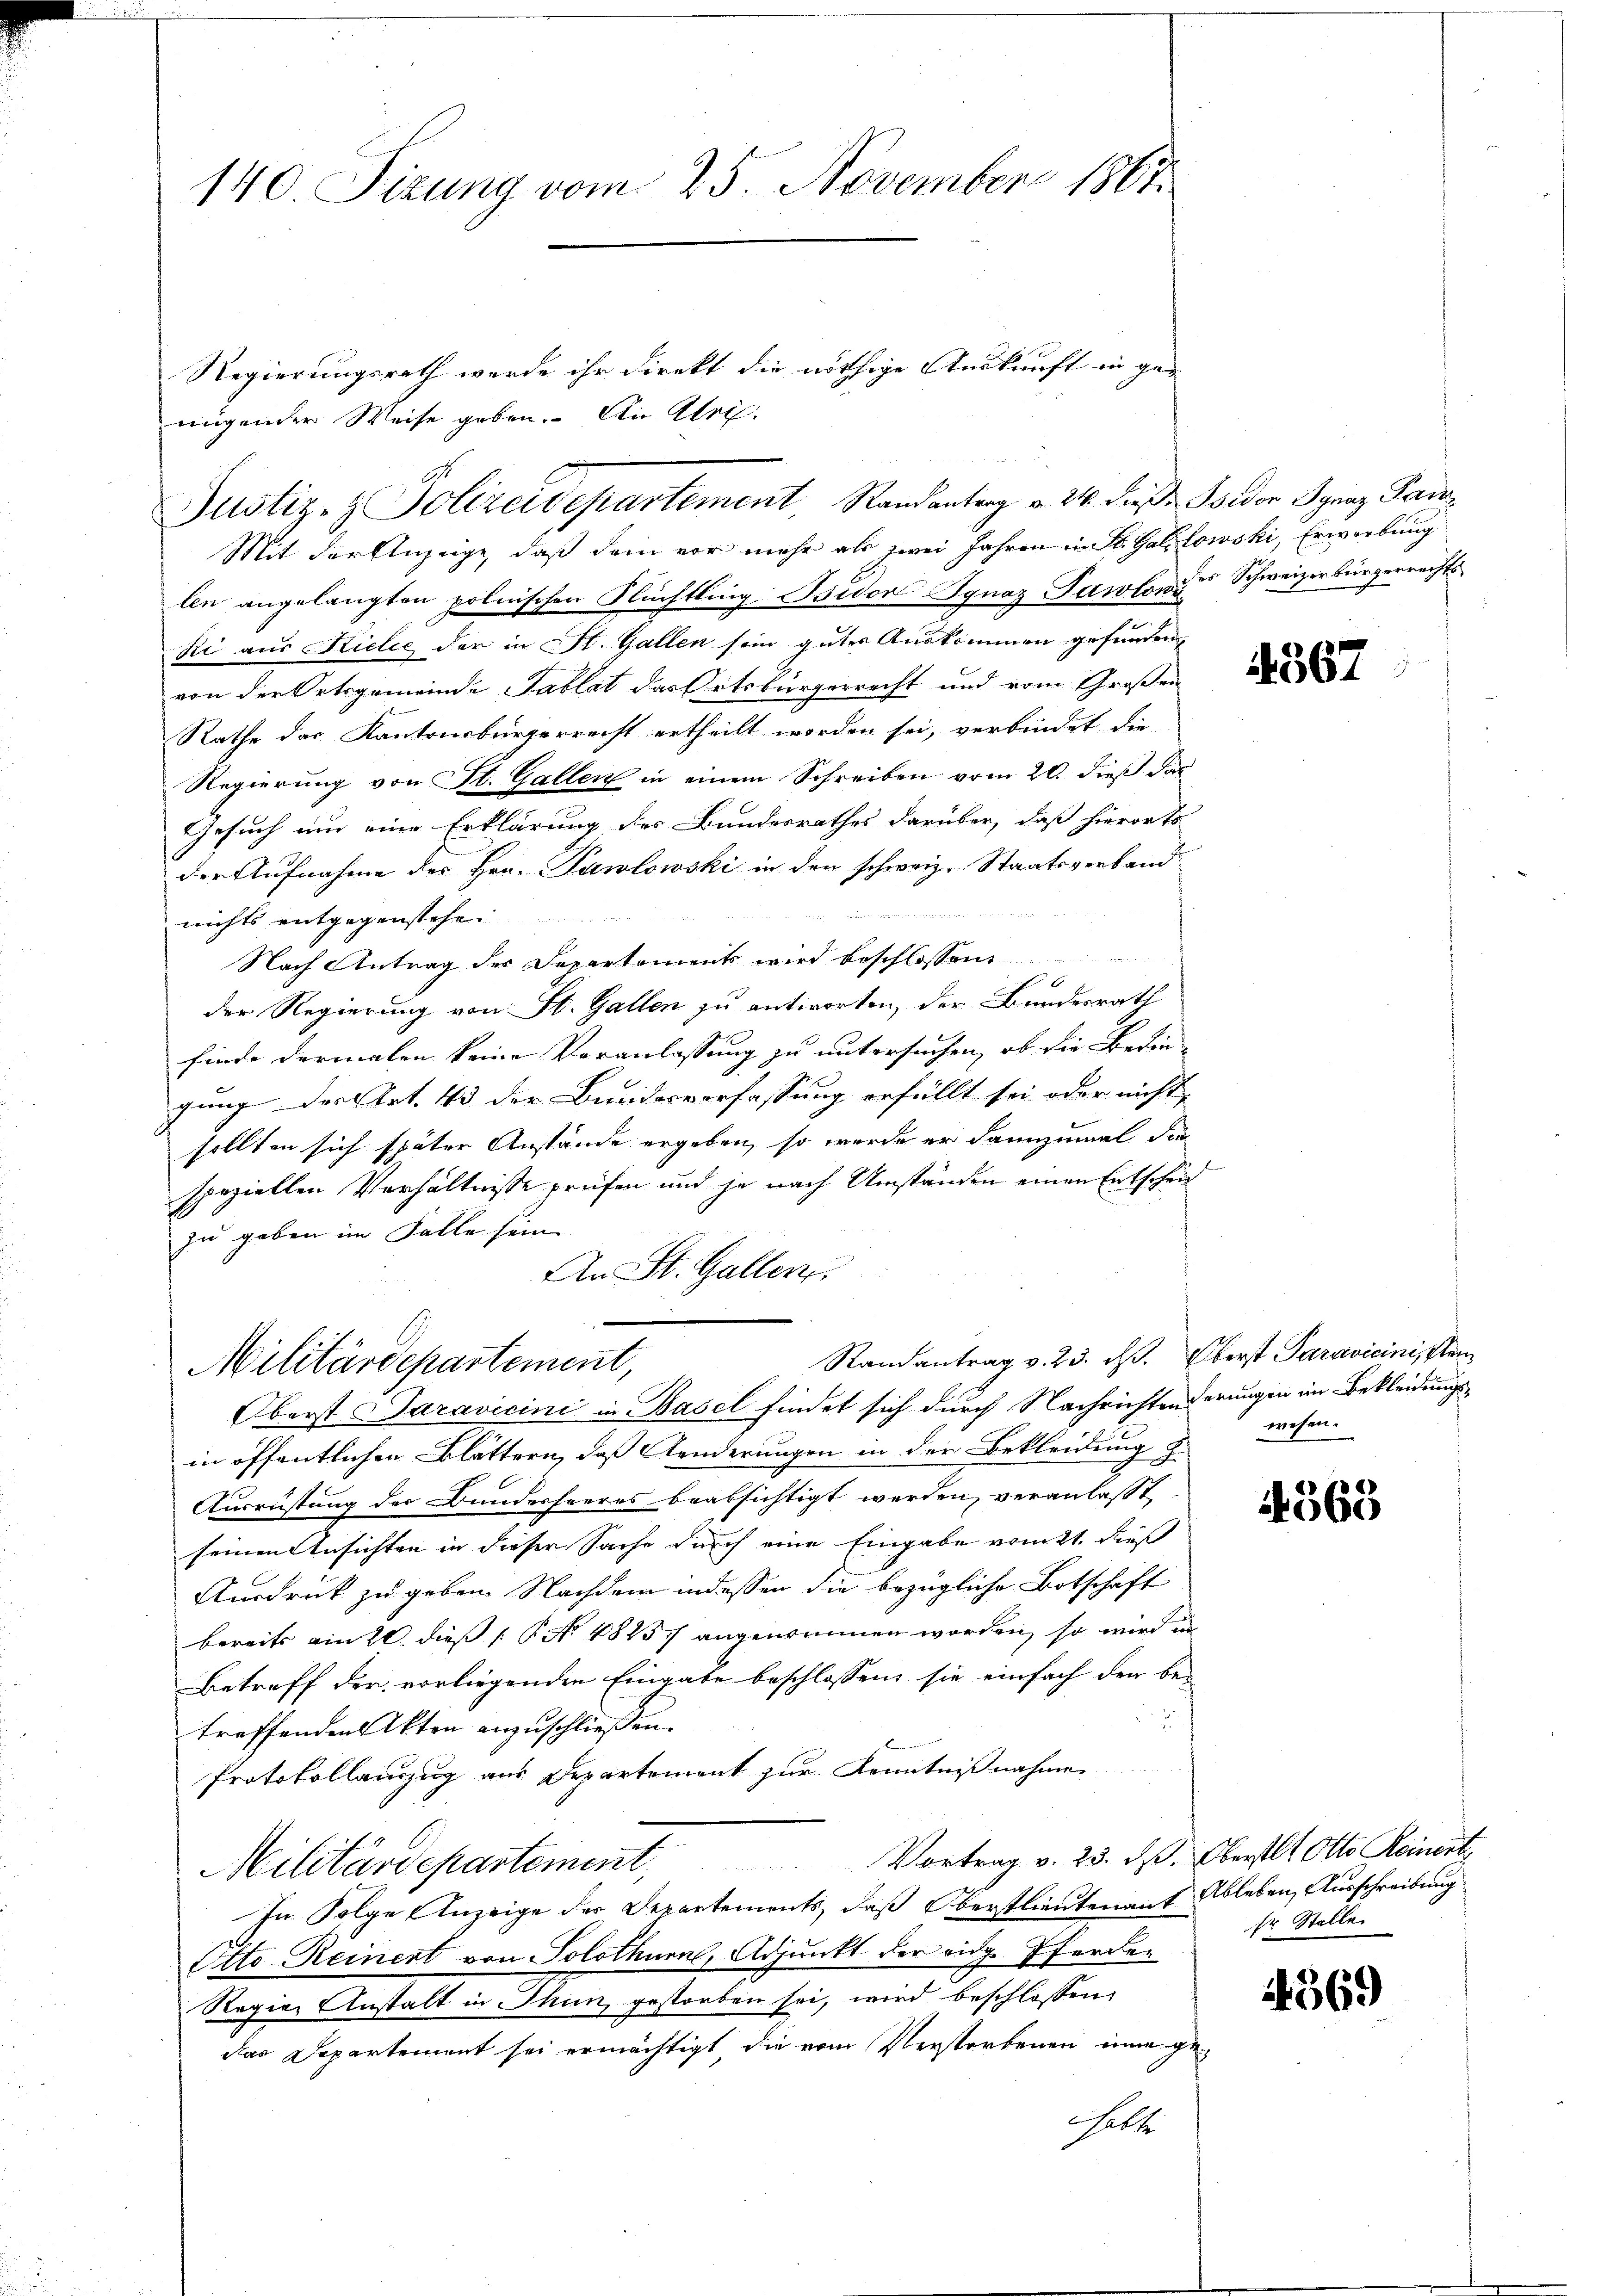
140. Sizung vom 25. November 1867.

Regierungsrath wurde ihr direkt die nöthige Auskunft in ge-
nügender Weise geben. An Art.

len angelangten polnischen Flüchtling: Bidor Ignaz Pawlon des Schweizerbürgerrechts
Ki aus Kielle der in St. Gallen sein guter Auskommen gefunden,
von der Ortsgemeinde Tablat das Ortsbürgerrecht und vom Großen
Rathe das Kantonsbürgerreist ertheilt worden sei, verbindet die
Regierung von St. Gallen in einem Schreiben vom 20. dieß das
Gesuch und eine Erklärung des Bundesrathes darüber, daß hierorts
der Aufnahme des Hrn. Pawlowski in den schweiz. Staatsverband
 22
nichts entgegenstehen
Nach Antrag der Departements wird beschlossen
der Regierung von St. Gallen zu antworten, der Bundesrath
finde dermalen keine Veranlassung zu untersuchen, ob die Bedin- |
gung der Art. 43 der Bundesverfassung erfüllt sei oder nicht |
sollten sich später Anstände ergeben, so wurde er dannzumal die
speziellen Verhältnisse prüfen und je nach Umständen einen Entscheit
zu geben im Falle sein
An St. Galler
Randantrag v. 23. d. Oberst Paravicini, stam
Militärdepartement,
Oberst Saravicini in Basel findet sich durch Nachrichtenderungen im Bekleidungsin öffentlichen Blättern, daß Aenderungen in der Bekleidung z.
Ausrüstung der Bunderheeres beabsichtigt werden, veranlaßt,
seinen Ansichten in dieser Sache durch eine Eingabe vom 21. dieß
Ausdruck zu geben. Nachdem indessen die bezügliche Botschaft
bereits am 20. dieß (P No. 48257 angenommen worden, so wird in
Betreff der vorliegenden Eingabe beschlossen, sie einfach der be-
treffenden Akten anzuschließen.
Protokollauszug aus Departement zur Kenntnißnahme
Militärdepartement. Vortrag v. 23. dβ. Oberst Otto Reinert
In Folge Anzeige der Departements, daß Oberstlieutenant Ableben, Ausschreibung
Otto-Reinert von Solothurn, Adjunkt der eidge-Pferden
Regier Anstalt in Thun, gestorben sei, wird beschlossen
das Departement sei ermächtigt die vom Verstorbenen eine ge-
halte

Justiz- & Polizeidepartement Randanterg v. 24. dieβ. Bsidor Ignaz Pau
Mit der Anzeige, daß dem vor mehr als zwei Jahren in St. Galilowski, Erwerbung

4567

wesen.

369

Er Stelle

4369